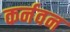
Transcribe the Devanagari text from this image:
कर्नवन